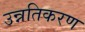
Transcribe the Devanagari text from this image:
उन्नतिकरण